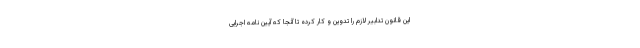
این قانون تدابیر لازم را تدوین و کار کرده تا آنجا که آیین نامه اجرایی